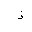
Letter: _thal